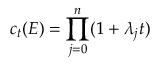
c _ { t } ( E ) = \prod _ { j = 0 } ^ { n } ( 1 + \lambda _ { j } t )